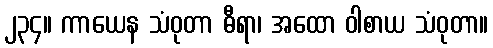
၂၃၄။ ကာယေန သံဝုတာ ဓီရာ၊ အထော ဝါစာယ သံဝုတာ။